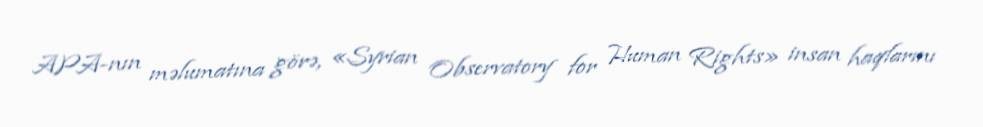
APA-nın məlumatına görə, «Syrian Observatory for Human Rights» insan haqlarını